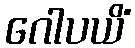
ဂေါပယိံ